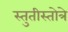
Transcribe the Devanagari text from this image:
स्तुतीस्तोत्रे